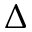
\Delta